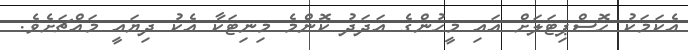
އެކަމަކު ހޮސްޕިޓަލަށް އައި މީހުންގެ އަދަދު ކޮންމެ މިނިޓަކާ އެކު ދިޔައީ މައްޗަށެވެ.